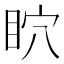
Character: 𥄴